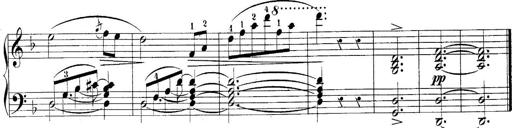
Title: 10 Sonatines progressives
Composer: Anton Schmoll